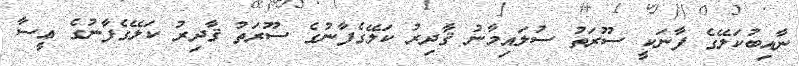
ނާއިބުކަލޭގެ ފާނަކީ ސޫރަތު ސުލައިމާނު ޤާދިރު ކަލޭގެފާނުގެ ސޫރަތު ޤާދިރު ކަލޭގެފާނުގެ ޢީސާ